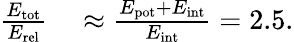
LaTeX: \begin{array}{rl}{\frac{E_{\mathrm{tot}}}{E_{\mathrm{rel}}}}&{{}\approx\frac{E_{\mathrm{pot}}+E_{\mathrm{int}}}{E_{\mathrm{int}}}=2.5.}\end{array}